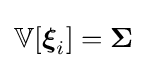
\mathbb {V} [{\boldsymbol {\xi }}_{i}]={\boldsymbol {\Sigma }}